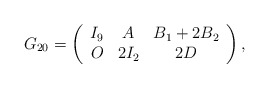
\begin{align*}G_{20}=\left(\begin{array}{ccc}I_9 & A & B_1+2B_2 \\O &2I_2 & 2D \\\end{array}\right),\end{align*}